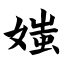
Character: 媸